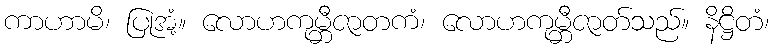
ကာဟာမိ၊ ပြုအံ့။ လောဟကုမ္ဘီဇာတကံ၊ လောဟကုမ္ဘီဇာတ်သည်။ နိဋ္ဌိတံ၊